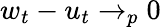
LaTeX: w_{t}-u_{t}\to_{p}0